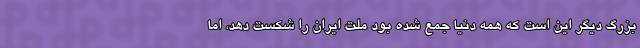
بزرگ دیگر این است که همه دنیا جمع شده بود ملت ایران را شکست دهد، اما